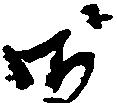
御